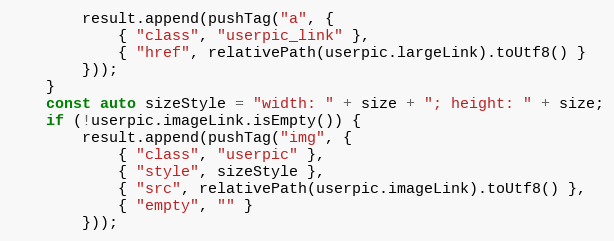
Language: C++
		result.append(pushTag("a", {
			{ "class", "userpic_link" },
			{ "href", relativePath(userpic.largeLink).toUtf8() }
		}));
	}
	const auto sizeStyle = "width: " + size + "; height: " + size;
	if (!userpic.imageLink.isEmpty()) {
		result.append(pushTag("img", {
			{ "class", "userpic" },
			{ "style", sizeStyle },
			{ "src", relativePath(userpic.imageLink).toUtf8() },
			{ "empty", "" }
		}));